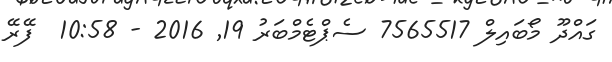
ގައްދޫ މޯބައިލް 7565517 ސެޕްޓެމްބަރު 19